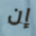
إن